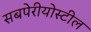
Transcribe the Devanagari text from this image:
सबपेरीयोस्टील